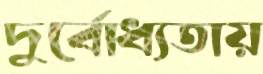
দুর্বোধ্যতায়